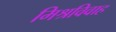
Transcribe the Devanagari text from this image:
मिश्रविवाह